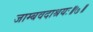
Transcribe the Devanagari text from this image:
जाम्बवदाश्रयः॥७॥